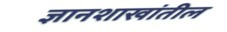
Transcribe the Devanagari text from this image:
ज्ञानशाखांतील